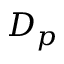
D _ { p }